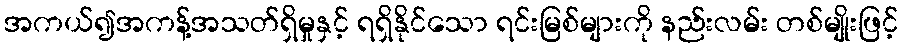
အကယ်၍အကန့်အသတ်ရှိမှုနှင့် ရရှိနိုင်သော ရင်းမြစ်များကို နည်းလမ်း တစ်မျိုးဖြင့်